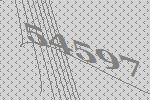
54597